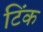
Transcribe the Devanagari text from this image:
टिंक